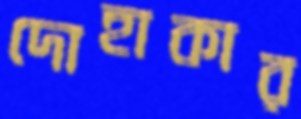
দোহাকার